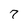
Character: 7